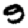
Digit: 9